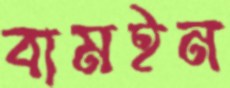
বামইন